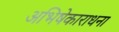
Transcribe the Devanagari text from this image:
अभिषेकाराधना